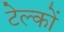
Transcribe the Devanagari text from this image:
टेल्कों